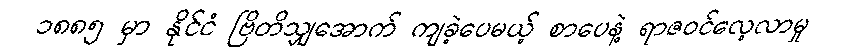
၁၈၈၅ မှာ နိုင်ငံ ဗြိတိသျှအောက် ကျခဲ့ပေမယ့် စာပေနဲ့ ရာဇဝင်လေ့လာမှု